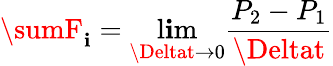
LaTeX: \sumF_{\mathbf{i}}=\operatorname*{l\mathbf{i}m}_{\Deltat\to0}{\frac{{P_{2}-P_{1}}}{{\Deltat}}}